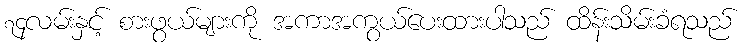
၇၄လမ်းနှင့် စားဖွယ်များကို အကာအကွယ်ပေးထားပါသည် ထိန်းသိမ်းခံရသည်